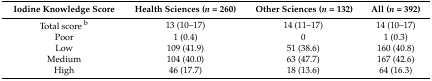
<table><thead><tr><td><b>Iodine Knowledge Score</b></td><td><b>Health Sciences (<i>n</i> = 260)</b></td><td><b> Other Sciences (<i>n</i> = 132)</b></td><td><b>All (<i>n</i> = 392)</b></td></tr></thead><tbody><tr><td>Total score <sup>b</sup></td><td>13 (10–17)</td><td>14 (11–17)</td><td>14 (10–17)</td></tr><tr><td>Poor</td><td>1 (0.4)</td><td>0</td><td>1 (0.3)</td></tr><tr><td>Low</td><td>109 (41.9)</td><td>51 (38.6)</td><td>160 (40.8)</td></tr><tr><td>Medium</td><td>104 (40.0)</td><td>63 (47.7)</td><td>167 (42.6)</td></tr><tr><td>High</td><td>46 (17.7)</td><td>18 (13.6)</td><td>64 (16.3)</td></tr></tbody></table>